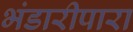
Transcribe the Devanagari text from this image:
भंडारीपारा